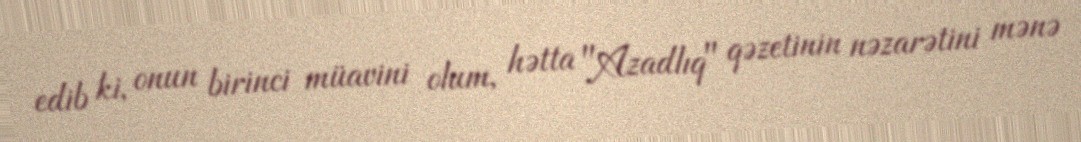
edib ki, onun birinci müavini olum, hətta "Azadlıq" qəzetinin nəzarətini mənə